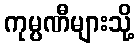
ကုမ္ပဏီများသို့